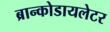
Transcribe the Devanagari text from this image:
ब्रान्कोडायलेटर